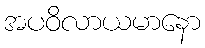
အပဝိလာယမာနော